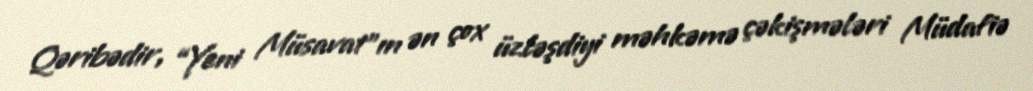
Qəribədir, “Yeni Müsavat”ın ən çox üzləşdiyi məhkəmə çəkişmələri Müdafiə